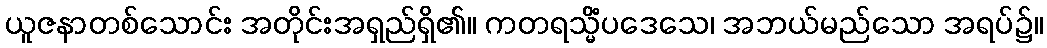
ယူဇနာတစ်သောင်း အတိုင်းအရှည်ရှိ၏။ ကတရသ္မိံပဒေသေ၊ အဘယ်မည်သော အရပ်၌။